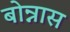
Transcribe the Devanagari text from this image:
बोन्नास